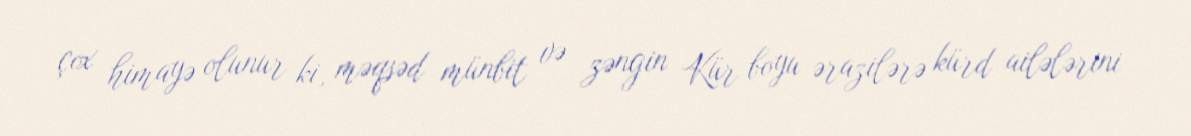
çox himayə olunur ki, məqsəd münbit və zəngin Kür boyu ərazilərə kürd ailələrini